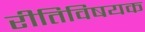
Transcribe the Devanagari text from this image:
रीतिविषयक